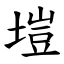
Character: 塏